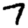
Digit: 7